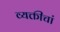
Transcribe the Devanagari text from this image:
व्यक्तीचां